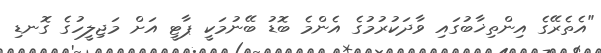
"އެތެރޭގެ އިންތިޚާބުގައި ވާދަކުރުމުގެ އެންމެ ބޮޑު ބޭނުމަކީ ޕާޓީ އަށް މަޖިލީހުގެ ގޮނޑި